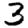
Digit: 3